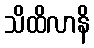
သိထိလာနိ